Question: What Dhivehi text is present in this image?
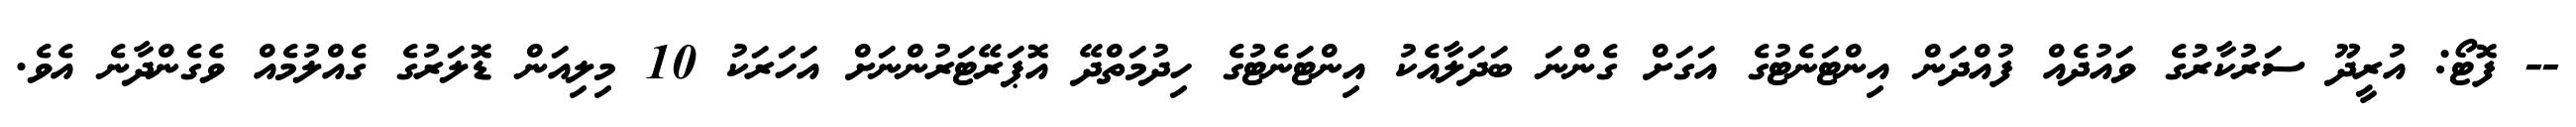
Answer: -- ފޮޓޯ: އުރީދޫ ސަރުކާރުގެ ވައުދެއް ފުއްދަން އިންޓަނެޓުގެ އަގަށް ގެންނަ ބަދަލާއެކު އިންޓަނެޓުގެ ހިދުމަތްދޭ އޮޕަރޭޓަރުންނަށް އަހަރަކު 10 މިލިއަން ޑޮލަރުގެ ގެއްލުމެއް ވެގެންދާނެ އެވެ.